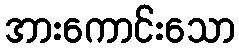
အားကောင်းသော